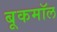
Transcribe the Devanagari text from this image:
बूकमॉल